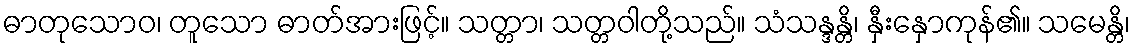
ဓာတုသောဝ၊ တူသော ဓာတ်အားဖြင့်။ သတ္တာ၊ သတ္တဝါတို့သည်။ သံသန္ဒန္တိ၊ နှီးနှောကုန်၏။ သမေန္တိ၊